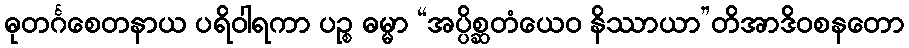
ဓုတင်္ဂစေတနာယ ပရိဝါရကာ ပဉ္စ ဓမ္မာ “အပ္ပိစ္ဆတံယေဝ နိဿာယာ”တိအာဒိဝစနတော